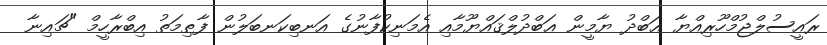
ރައީސުލްޖުމްހޫރިއްޔާ ޢަބްދު ޔާމީން ޢަބްދުލްޤައްޔޫމާއި އެމަނިކުފާނުގެ އަނބިކަނބަލުން ފާޠިމަތު އިބްރާހީމް "ޗައިނާ